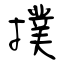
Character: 撲